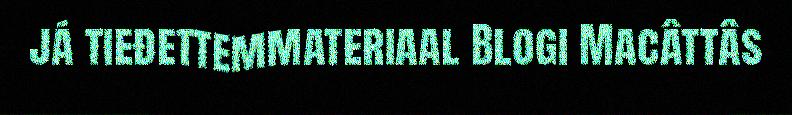
já tieđettemmateriaal Blogi Macâttâs